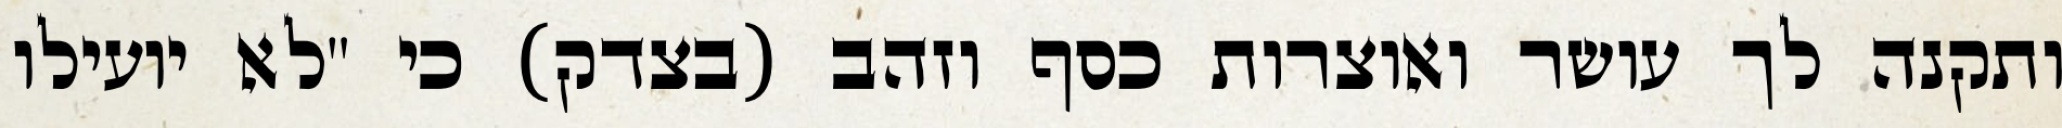
ותקנה לך עושר ואוצרות כסף וזהב (בצדק) כי "לא יועילו